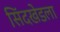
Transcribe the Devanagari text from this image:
सिंदखेडला